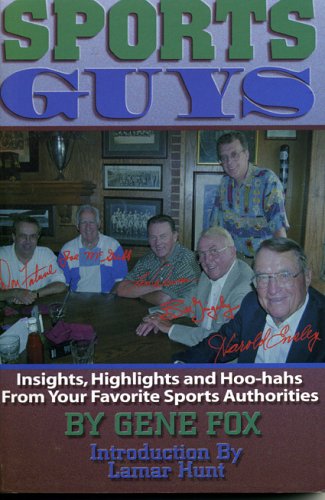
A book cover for Sports Guys: Insights, Highlights and Hoo-hahs From Your Favorite Sports Authorities; Gene Fox; Sports & Outdoors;